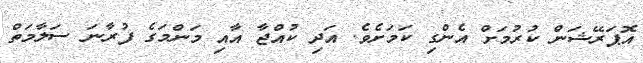
އޮޕަރޭޝަން ކުރުމަށް އެންގި ކަމަށެވެ. އަދި ކުއްޖާ އާއި މަންމަގެ ފުރާނަ ސަލާމަތް